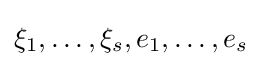
{\textstyle \xi _{1},\dots ,\xi _{s},e_{1},\dots ,e_{s}}